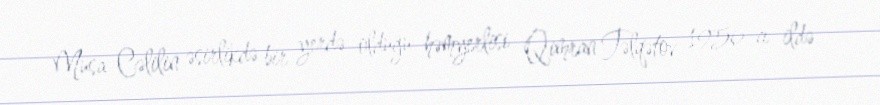
Musa Cəlilin əsirlikdə bir yerdə olduğu həmyerlisi Qimran Təlqətov 1956-cı ildə